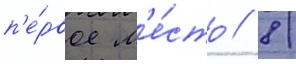
п'е́рвое м'е́сто / 8